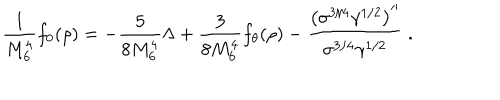
\frac { 1 } { M _ { 6 } ^ { 4 } } f _ { 0 } ( \rho ) = - \frac { 5 } { 8 M _ { 6 } ^ { 4 } } { \Lambda } + \frac { 3 } { 8 M _ { 6 } ^ { 4 } } f _ { \theta } ( \rho ) - \frac { { \left( \sigma ^ { 3 / 4 } \gamma ^ { 1 / 2 } \right) } ^ { \prime \prime } } { \sigma ^ { 3 / 4 } \gamma ^ { 1 / 2 } } \ .